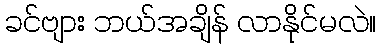
ခင်ဗျား ဘယ်အချိန် လာနိုင်မလဲ။